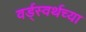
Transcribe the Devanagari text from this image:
वर्ड्‌स्वर्थच्या